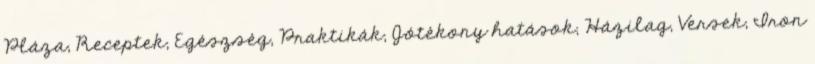
Pláza, Receptek, Egészség, Praktikák, Jótékony hatások, Házilag, Versek, Iron